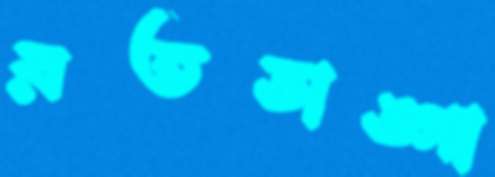
রতডাঙ্গা